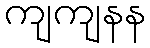
ကျကျနန